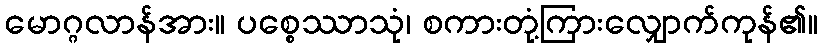
မောဂ္ဂလာန်အား။ ပစ္စေဿာသုံ၊ စကားတုံ့ကြားလျှောက်ကုန်၏။